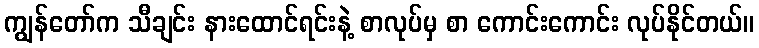
ကျွန်တော်က သီချင်း နားထောင်ရင်းနဲ့ စာလုပ်မှ စာ ကောင်းကောင်း လုပ်နိုင်တယ်။